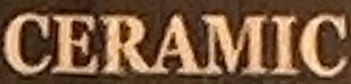
CERAMIC